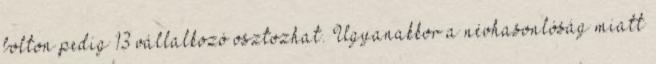
bolton pedig 13 vállalkozó osztozhat. Ugyanakkor a névhasonlóság miatt